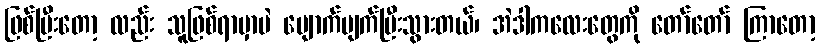
ဖြစ်ပြီးတော့ လည်း သူဖြစ်ရာမှာပဲ ပျောက်ပျက်ပြီးသွားတယ်၊ အဲဒါကလေးတွေကို တော်တော် ကြာတော့